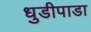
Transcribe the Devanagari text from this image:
धुडीपाडा